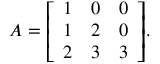
A = { \left[ \begin{array} { l l l } { 1 } & { 0 } & { 0 } \\ { 1 } & { 2 } & { 0 } \\ { 2 } & { 3 } & { 3 } \end{array} \right] } .